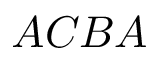
A C B A